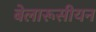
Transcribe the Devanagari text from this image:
बेलारूसीयन